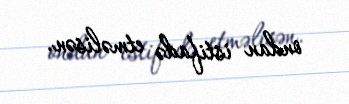
ondan istifadə etməlisən.